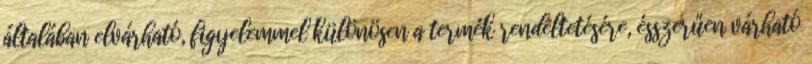
általában elvárható, figyelemmel különösen a termék rendeltetésére, ésszerűen várható